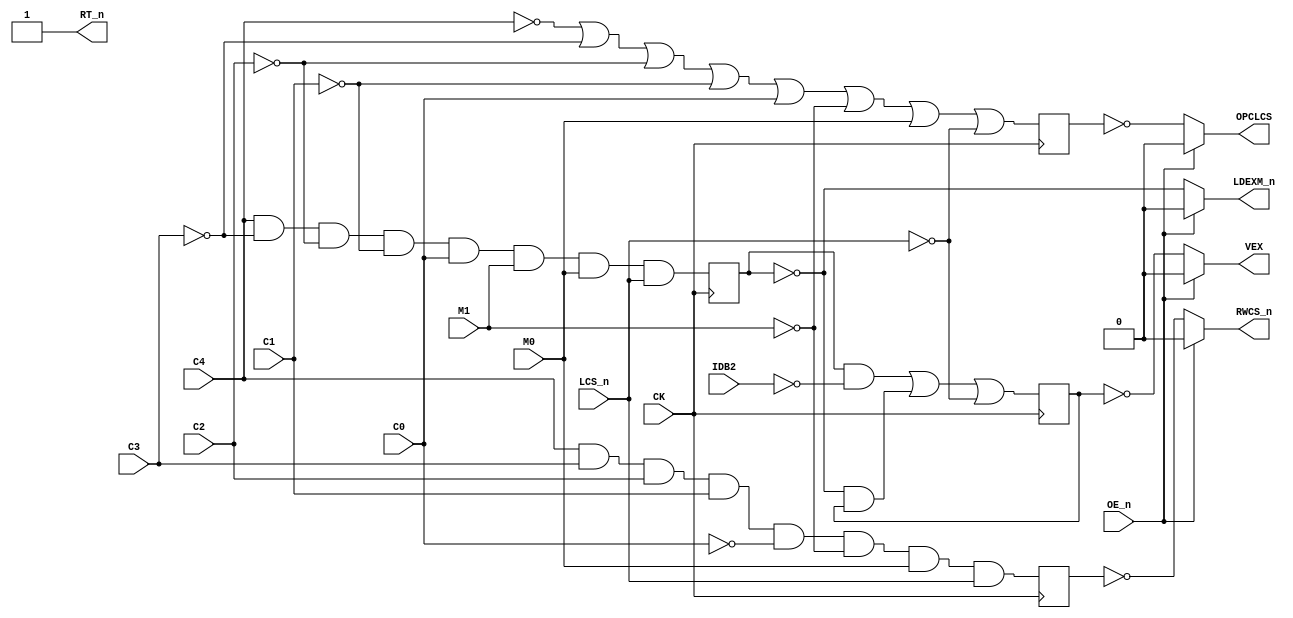
// This program was cloned from: https://github.com/RonnyA/nd-120
// License: MIT License

// PAL16R4 
// JLB/CJTC 17MAR87 
// 44408B,22F,VEXFIX 


// PCB 3202D sheet 34:
//
// PAL input signal PD1 is connected to PAL OE_n (and PD1 to PD4 is ALWAYS 0/FALSE in the 3202 circuit board)
//     input signal CLK is connectec to PAL CK pin


/*
; TO FIX VIRTUAL EXAMINE BUG IN CGA 
; + MISC. OTHER BUGS. 

PAL 44608A (VXFIX) replaces this PAL. The new PAL 44608A is an PAL16R6 that has a pin RT_n output. Use RT_n signal from DGA until we find out what the 44608A does with this signal.
*/

module PAL_44408B(
    input CK,       // Clock signal
    input OE_n,     // OUTPUT ENABLE (active-low) for Q0-Q3

    input C4,       // I0 - CSCOMM4
    input C3,       // I1 - CSCOMM3
    input C2,       // I2 - CSCOMM2 
    input C1,       // I3 - CSCOMM1 
    input C0,       // I4 - CSCOMM0 
    input M1,       // I5 - CSMIS1
    input M0,       // I6 - CSMIS0  
                    // I7 - (not connected)
    input LCS_n,    
                    // B0_n - (not connected)
    input IDB2,     // B1_n - IDB2

    // These signals may have wrong Q pin description, as this is taken from the description of the PAL 444608 (VXFIX) which is a PAL16R6

                     // Q0_n - (not connected)
    output LDEXM_n,  // Q1_n 
    output VEX,      // Q2_n
    output OPCLCS,   // Q3_n
    output RWCS_n,    // Q4_n

    // Pin in 444608 (VXFIX) but not in 44408B
    output RT_n      // Q5_n     
    
    
);

// Inverted input signals
wire LCS = ~LCS_n;

// Internal signals for outputs
reg RWCS_int, OPCLCS_n_int, VEX_n_int, LDEXM_int;

// Sequential logic triggered on the rising edge of CLK
always @(posedge CK) begin
    // Logic for LDEXM
    LDEXM_int <= C4 & ~C3 & ~C2 & ~C1 & C0 & M1 & M0 & LCS_n; // COMMAND 21.3 (validated RH)

    // Logic for VEX
    VEX_n_int <= (LDEXM_int & ~IDB2) |       // CLEAR
                 (~LDEXM_int & VEX_n_int) |  // HOLD CLEAR
                 LCS;                        // LCS

    // Logic for OPCLCS
    OPCLCS_n_int <= ~C4 | ~C3 | ~C2 | ~C1 | C0 | ~M1 | M0 | LCS; // COMMAND 36.2 (validated RH)

    // Logic for RWCS
    RWCS_int <= C4 & C3 & C2 & C1 & ~C0 & ~M1 & M0 & LCS_n; // COMMAND 36.1 (validated RH)

end

// Tri-state control for outputs
// High-impedance state when OE_n is high (active-low)

assign RWCS_n = OE_n ? 1'b0 : ~RWCS_int;
assign OPCLCS = OE_n ? 1'b0 : ~OPCLCS_n_int;
assign VEX = OE_n ? 1'b0 : ~VEX_n_int;
assign LDEXM_n = OE_n ? 1'b0 : ~LDEXM_int;
        

// Unknown signal in this PAL, set high
assign RT_n = 1'b1;

endmodule



/*
DESCRIPTION 

; 180587 M3202B
; 150687 RWCS SIGNAL TOO SLOW FROM NEC G.A. MUST BE DONE IN A PAL.
; 010787 REGISTRATION NUMBER CHANGED FROM 44501B 

*/